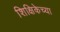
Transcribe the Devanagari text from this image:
शिक्षिकेच्या